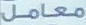
معامل